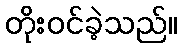
တိုးဝင်ခဲ့သည်။